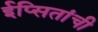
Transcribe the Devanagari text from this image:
ईप्सितांची